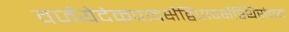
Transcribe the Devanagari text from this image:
वर्जयेदेकपादर्क्षेद्विपादर्क्षेस्थिसंचयं